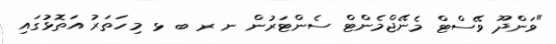
"ވަންދޫ ވޭސްޓް މެނޭޖްމެންޓް ސެންޓަރުން ނ ރ ބ ޅ މިހަތަރު އަތޮޅުގައި